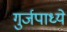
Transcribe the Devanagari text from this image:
गुर्जपाध्ये